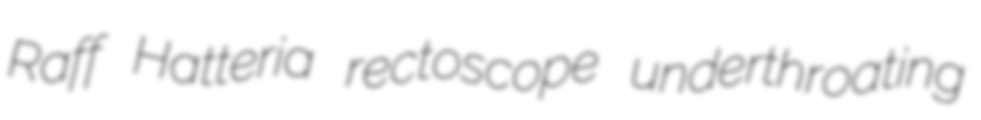
Raff Hatteria rectoscope underthroating